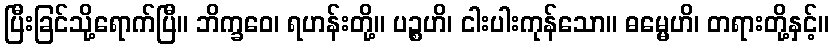
ပြီးခြင်သို့ရောက်ပြီ။ ဘိက္ခဝေ၊ ရဟန်းတို့။ ပဉ္စဟိ၊ ငါးပါးကုန်သော။ ဓမ္မေဟိ၊ တရားတို့နှင့်။